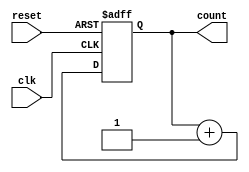
module cascaded_counter #(
    parameter WIDTH = 4  // Number of bits in the counter
)(
    input wire clk,       // Clock input
    input wire reset,     // Asynchronous reset
    output reg [WIDTH-1:0] count // Output count
);

// Always block to handle the counting operation
always @(posedge clk or posedge reset) begin
    if (reset) begin
        count <= 0; // Reset counter to zero
    end else begin
        count <= count + 1; // Increment counter on clock pulse
    end
end

endmodule